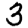
Digit: 3